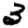
Digit: 3